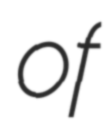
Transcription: of